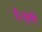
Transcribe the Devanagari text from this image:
है।कृषि